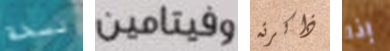
نسخة وفيتامين ذاكرته إذا